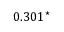
0 . 3 0 1 ^ { \star }